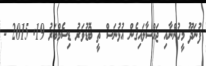
ފުނަދޫ މީހުންނާއި ޖައްސާލައިގެން އުޅުނަސް ތީ ބޮޑުވަރު ޑިސެމްބަރު 19